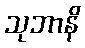
သုဘာနိ